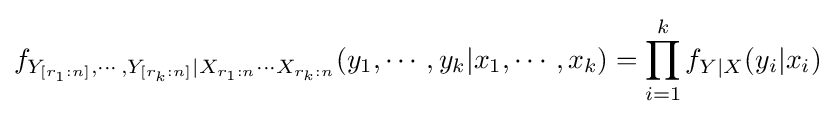
f_{Y_{[r_{1}:n]},\cdots ,Y_{[r_{k}:n]}\mid X_{r_{1}:n}\cdots X_{r_{k}:n}}(y_{1},\cdots ,y_{k}|x_{1},\cdots ,x_{k})=\prod _{i=1}^{k}f_{Y\mid X}(y_{i}|x_{i})